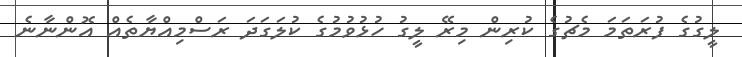
ލީގުގެ ފުރަތަމަ މެޗުގެ ކުރިން މިރޭ ލީގު ހުޅުވުމުގެ ކުލަގަދަ ރަސްމިއްޔާތެއް އޮންނާނެ